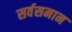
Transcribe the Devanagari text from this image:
सर्वसमान